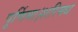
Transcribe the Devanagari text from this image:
पूर्णिमा।शरिमध